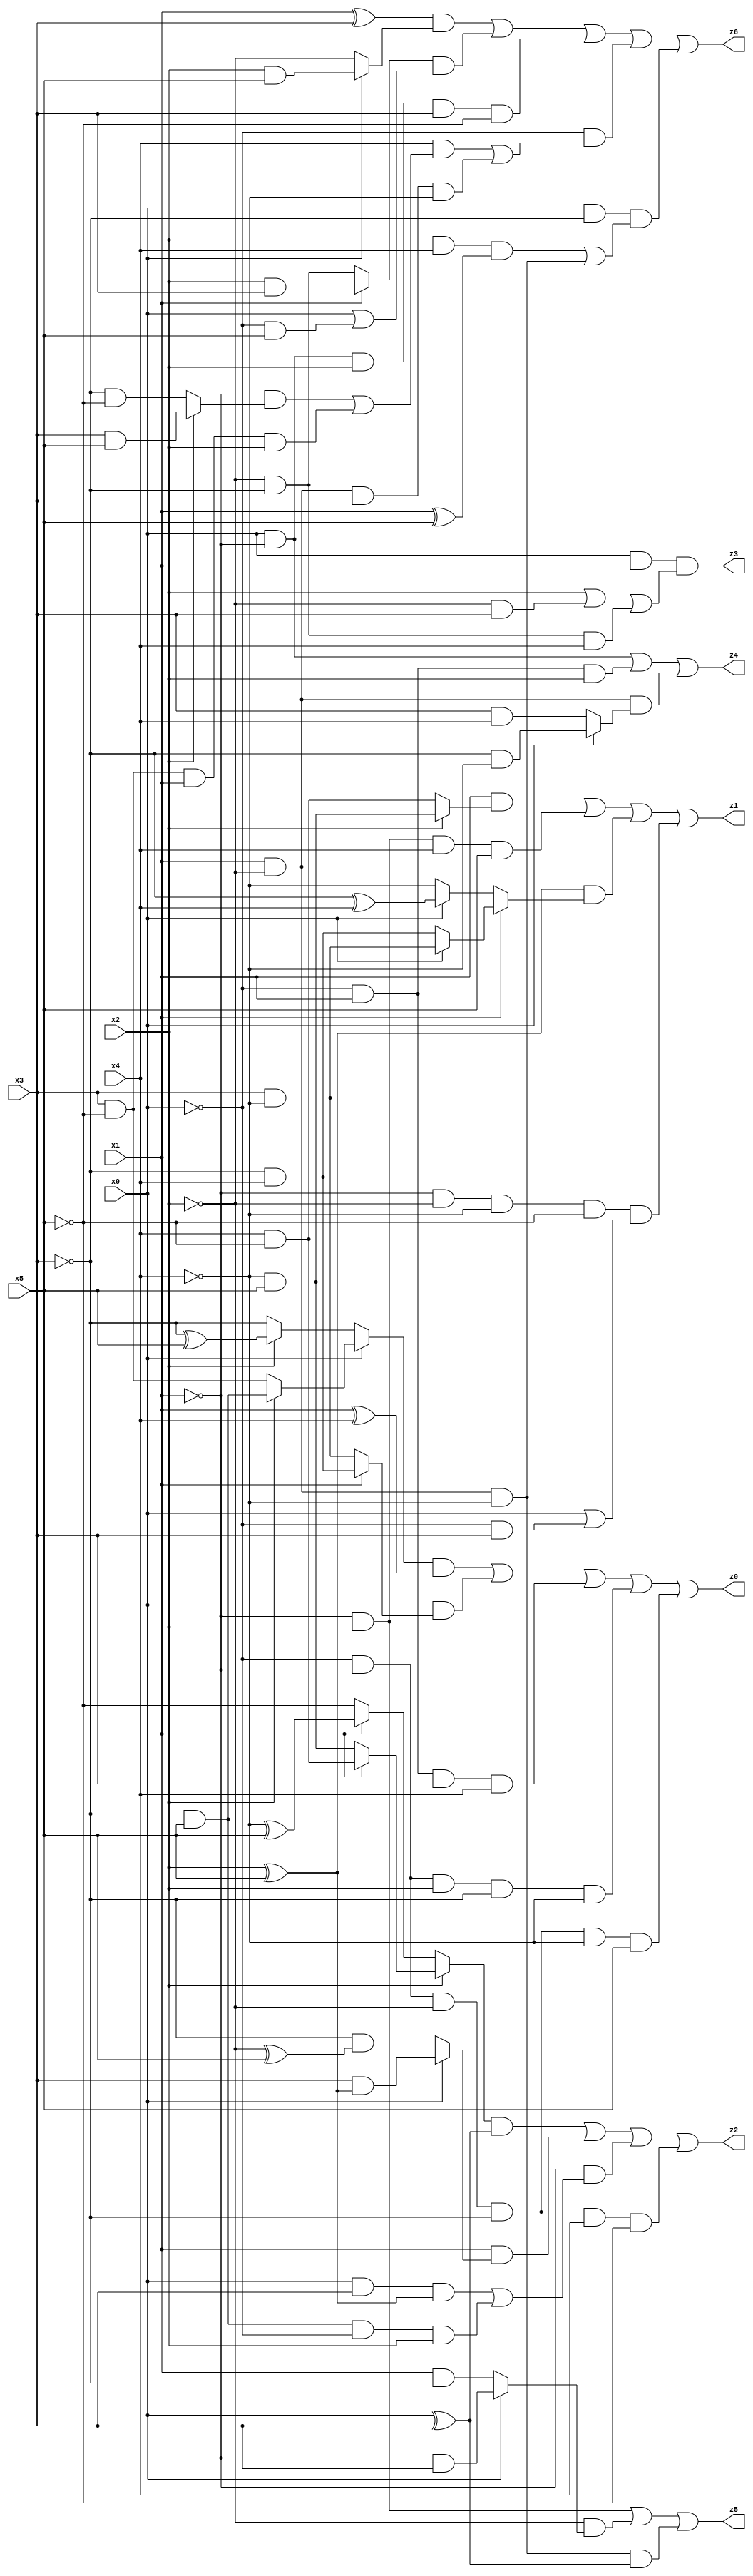
// Benchmark "X_4" written by ABC on Wed Jun 07 15:37:01 2023

module X_60 ( 
    x0, x1, x2, x3, x4, x5,
    z0, z1, z2, z3, z4, z5, z6  );
  input  x0, x1, x2, x3, x4, x5;
  output z0, z1, z2, z3, z4, z5, z6;
  assign z0 = ((x0 ? (x2 ? (~x3 & x5) : (x3 & ~x5)) : (x2 ? (~x3 ^ x5) : ~x3)) & (x1 ^ x4)) | (x0 & (x1 ? (~x3 & x4) : (x3 & ~x4))) | (~x0 & x1 & x3 & x4) | (~x0 & ~x1 & x2 & ~x3 & ~x4) | (~x0 & ~x1 & ~x2 & ~x3 & ~x4 & x5);
  assign z1 = (x1 & (x2 ? (~x4 & x5) : (x4 & ~x5))) | (~x1 & x2 & x4 & x5) | ((x2 ^ x5) & (x1 ? (x0 ? (x3 & ~x4) : (~x3 & x4)) : (x0 ? (~x3 ^ x4) : ~x4))) | (~x1 & ~x2 & ~x4 & ~x5 & (x0 | (~x0 & x3)));
  assign z2 = ((x2 ? (x1 ? (x4 & ~x5) : (~x4 & x5)) : (x1 ? (~x4 ^ x5) : ~x5)) & (x0 ^ x3)) | (x1 & (x0 ? (x3 & (x2 ^ x5)) : (~x3 & (~x2 ^ x5)))) | (~x1 & ((x0 & x3 & (x2 ^ x5)) | (~x3 & x5 & ~x0 & x2))) | (~x0 & ~x1 & ~x2 & ~x3 & x4 & ~x5);
  assign z3 = x0 & x1 & (x2 | (~x2 & x3) | (~x2 & ~x3 & x4));
  assign z4 = (x0 & ~x1) | (~x0 & x1 & x2) | (x1 & ~x2 & (x0 ? (~x3 & ~x4) : (x3 & x4)));
  assign z5 = (~x1 & x2) | (~x2 & (x0 ? (~x1 & x3) : (x1 & ~x3))) | (x1 & ~x2 & ~x4 & (x0 ^ x3));
  assign z6 = ((x1 ^ x3) & (x0 ? (x2 & x5) : ~x2)) | ((x1 ? (x2 & x3) : (~x2 & ~x3)) & (x0 | (~x0 & x5))) | (x0 & ~x1 & x2 & x3 & ~x5) | (~x0 & ((x4 & ((~x1 & (x2 ? (x3 & x5) : (~x3 & ~x5))) | (x3 & ~x5 & x1 & x2))) | (x1 & ~x2 & x3 & ~x4))) | (x0 & ~x3 & ((x2 & x4 & (x1 ^ x5)) | (x1 & ~x2 & ~x4)));
endmodule